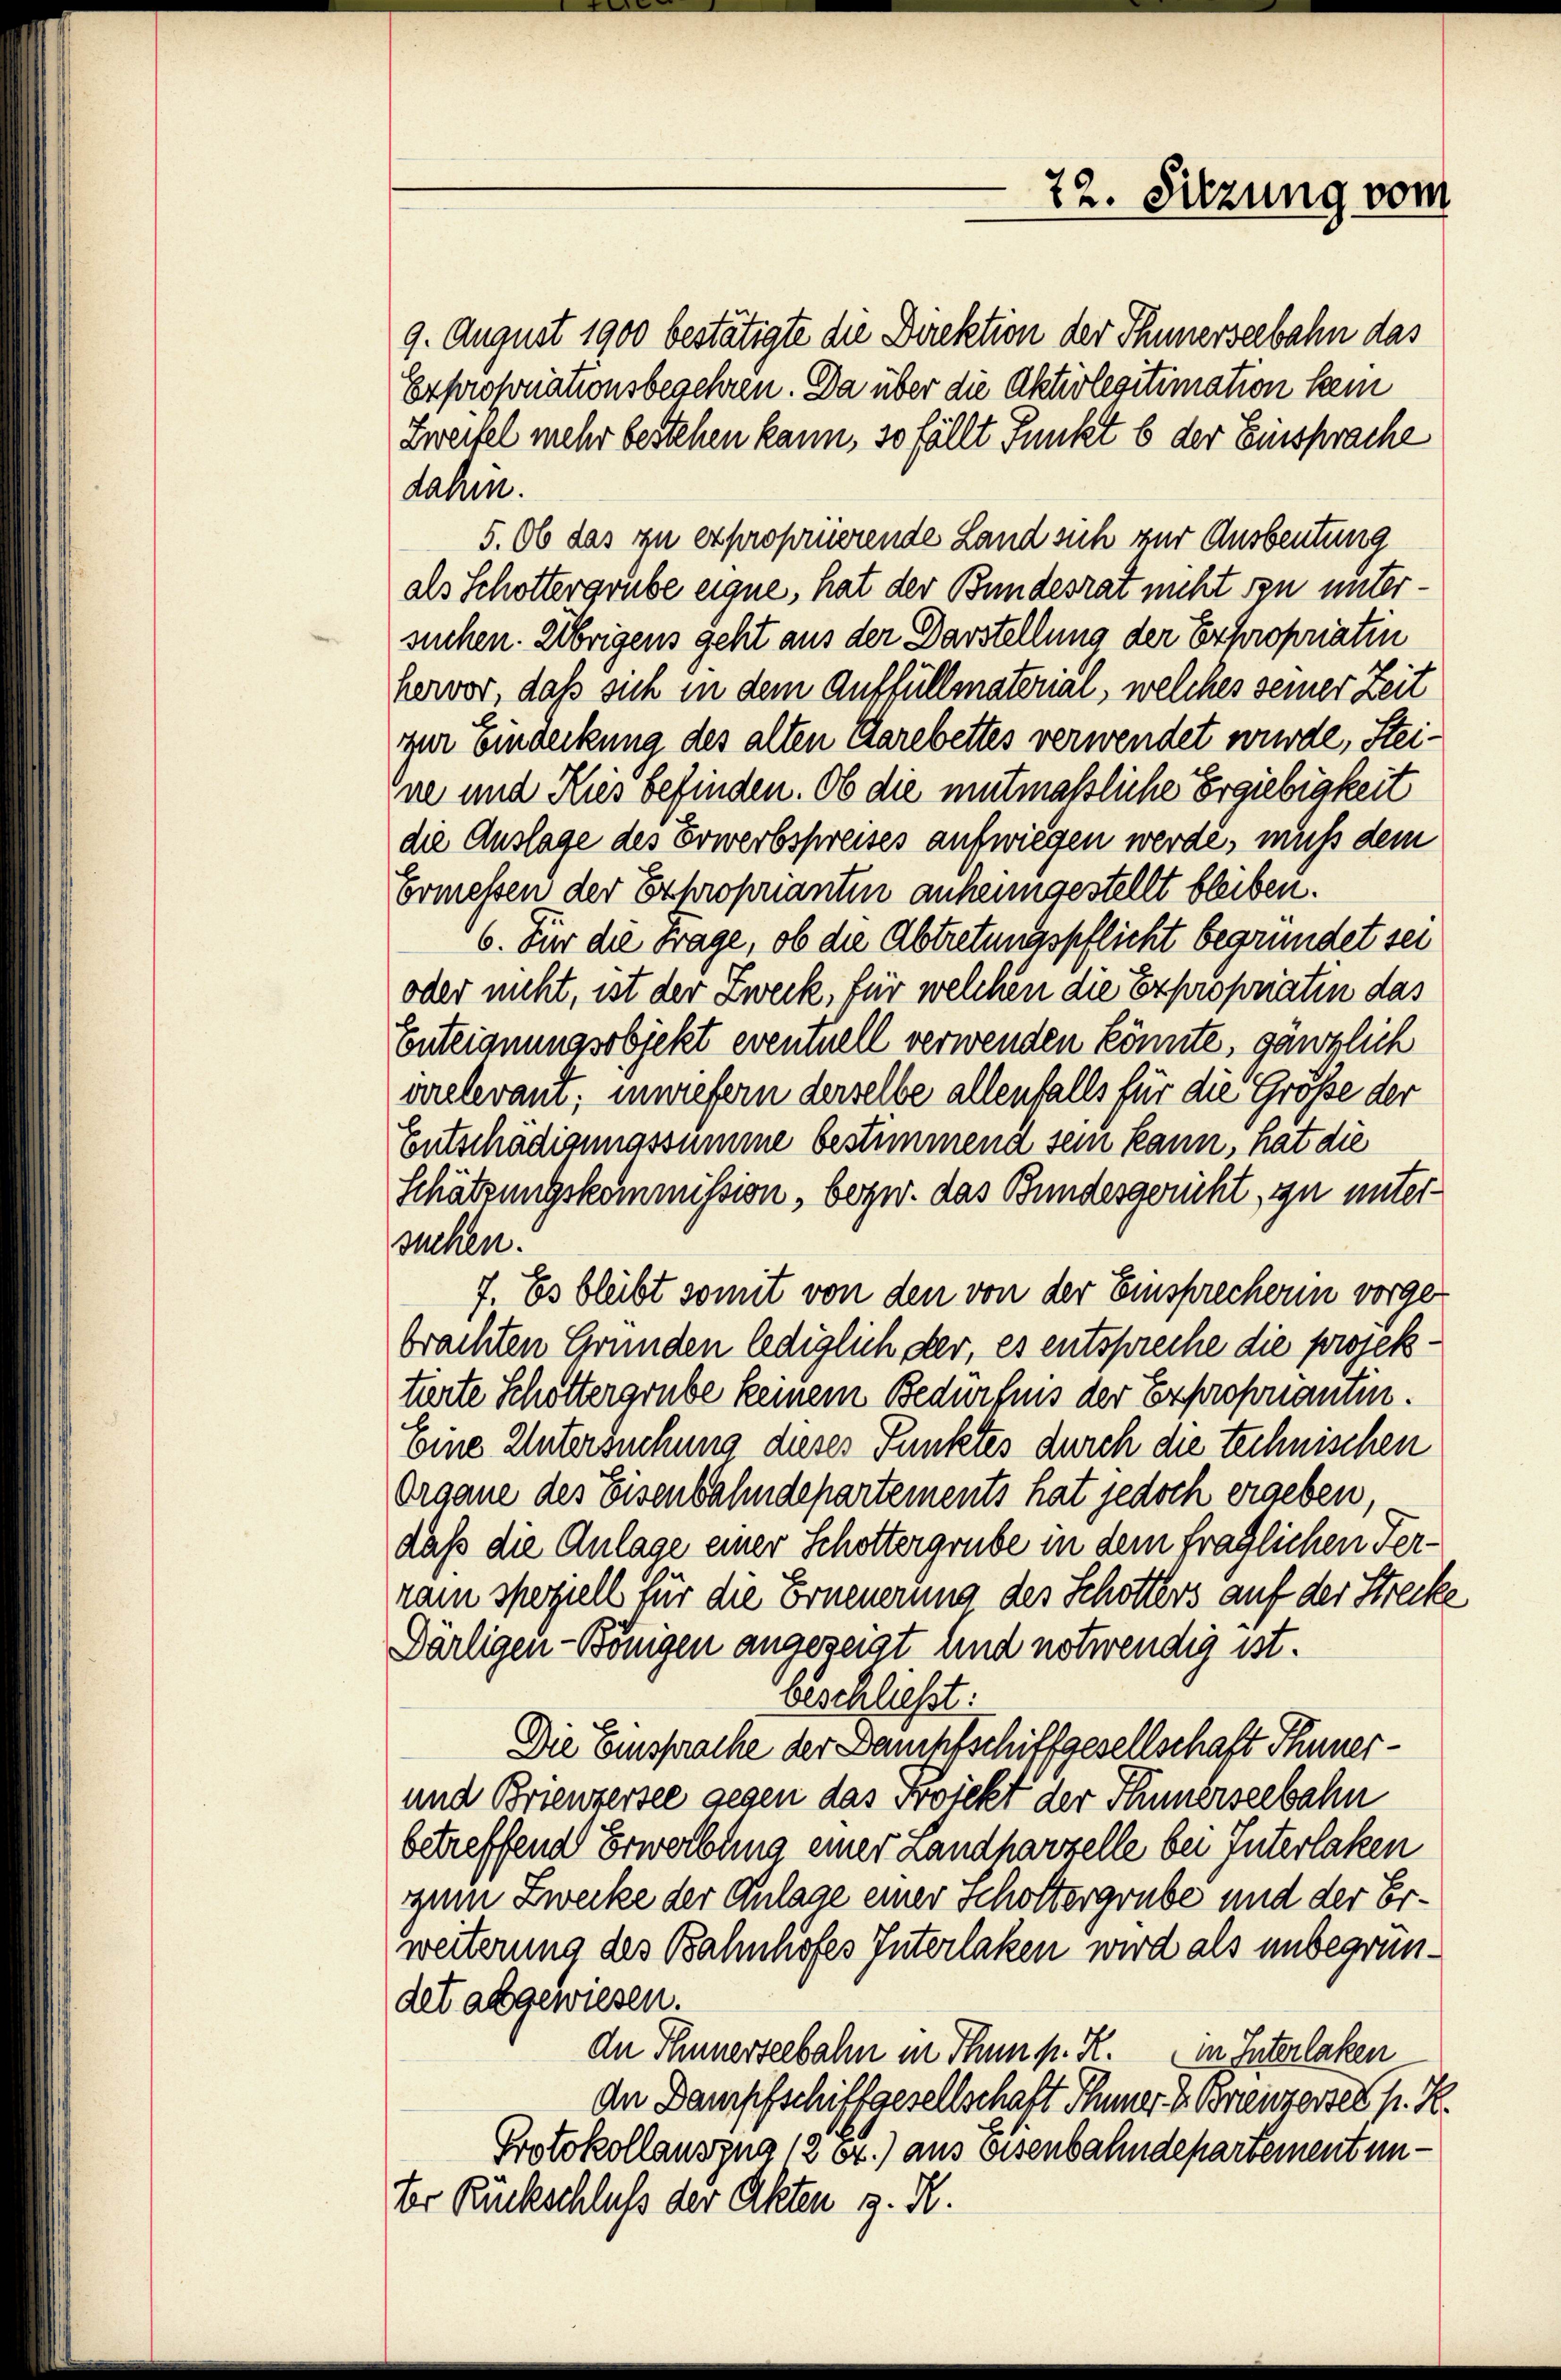
22. Sitzung vom

9. August 1900 bestätigte die Direktion der Thunerseebahn das
Exproponationsbegehren. Da über die Aktivlegitimation kein
Zweifel mehr bestehen kann, so fällt Punkt b der Einsprache
dahin.
5. Ob das zu exproprierende Land sich zur Ausbeutung
als Schottergrube eigne, hat der Bundesrat nicht sin untersuchen. Übrigens geht aus der Darstellung der Expropriatin
hervor, daß sich in dem Auffüllmaterial, welches seiner Zeit
zur Eindeckung des alten Garebettes verwendet wurde, Steine und Kies befinden. Ob die mutmassliche Ergiebigkeit
die Auslage des Erwerbspreises aufwiegen werde, muß dem
Ermessen der Exproprianten anheimgestellt bleiben.
6. Für die Frage, ob die Abtretungspflicht begründet sei
oder nicht, ist der Zweck, für welchen die Expropriatin das
Enteignungsobjekt eventuell verwenden könnte, gänzlich
vrelevant; innrefern derselbe allenfalls für die Größe der
Entschädigungssumme bestimmend sein kann, hat die
Schätzungskommission, bezw. das Bundesgericht, zu untersuchen.
7. Es bleibt somit von den von der Einsprecherin vorgebrachten Gründen lediglich der, es entspreche die projektierte Schöttergrube keinem Bedürfnis der Exproponantin.
Eine Untersuchung dieses Punktes durch die technischen
Organe des Eisenbahndepartements hat jedoch ergeben,
daß die Anlage einer Schottergrube in dem fraglichen Ferram speziell für die Erneuerung des Schotters auf der Strecke
Därligen - Königen angezeigt und notwendig ist.
beschließt:
Die Einsprache der Dampfschiffgesellschaft Thuner¬
und Brienzersee gegen das Projekt der Thunerseebahn
betreffend Erwerbung einer Landparzelle bei Interlaken
zum Zwecke der Anlage einer Schottergrube und der Erweiterung des Bahnhofes Interlaken wird als unbegründet abgewiesen.
dn Thunerseebahn in Thun p. K. in Interlaken
An Dampfschiffgesellschaft Ihmer v. Branzerten pr. K.
Protokollauszug 1204.) aus eisenbahndepartement un¬
Er Rückschluß der Akten z. R.